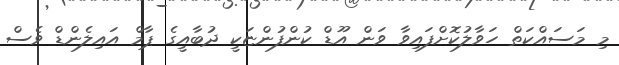
މި މަސައްކަތް ހަވާލުކޮށްފައިވާ ވަން އޫޑް ކުންފުންޏަކީ ދުބާއީގެ ޕާމް އައިލެންޑް ވެސް